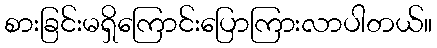
စားခြင်းမရှိကြောင်းပြောကြားလာပါတယ်။